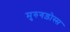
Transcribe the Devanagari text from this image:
मुरुगड़ोस्स